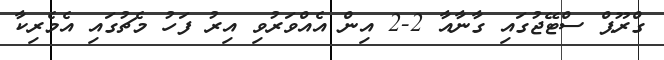
ގްރޫޕް ސްޓޭޖުގައި ގާނާއާ 2-2 އިން އެއްވަރުވި އިރު ފަހު މެޗުގައި އެމެރިކާ